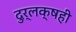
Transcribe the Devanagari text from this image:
दुर्लक्षही